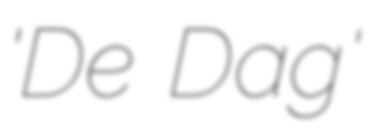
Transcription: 'De Dag'